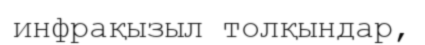
инфрақызыл толқындар,